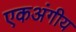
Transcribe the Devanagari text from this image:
एकअंगीय